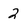
Character: 2